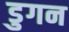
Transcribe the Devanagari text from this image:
डुगन